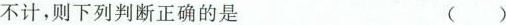
不计，则下列判断正确的是 ()